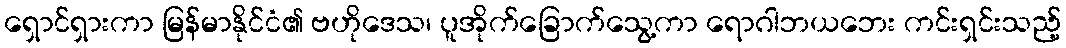
ရှောင်ရှားကာ မြန်မာနိုင်ငံ၏ ဗဟိုဒေသ၊ ပူအိုက်ခြောက်သွေ့ကာ ရောဂါဘယဘေး ကင်းရှင်းသည့်